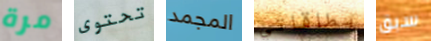
مرة تحتوى المجمد بطاقاتي سبق